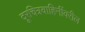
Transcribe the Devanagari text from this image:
दूरचित्रवाहिनींवरील